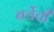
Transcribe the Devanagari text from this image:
बर्वेची